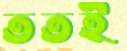
ততই